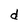
Character: d